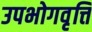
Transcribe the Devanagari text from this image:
उपभोगवृत्ति